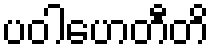
ပဝါဟေတီတိ